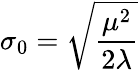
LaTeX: \sigma_{0}=\sqrt{\frac{\mu^{2}}{2\lambda}}